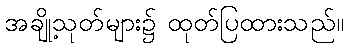
အချို့သုတ်များ၌ ထုတ်ပြထားသည်။